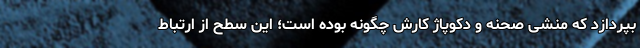
بپردازد که منشی صحنه و دکوپاژ کارش چگونه بوده است؛ این سطح از ارتباط